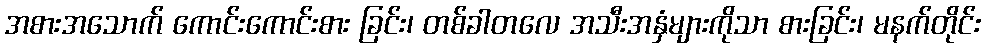
အစားအသောက် ကောင်းကောင်းစား ခြင်း၊ တစ်ခါတလေ အသီးအနှံများကိုသာ စားခြင်း၊ မနက်တိုင်း